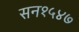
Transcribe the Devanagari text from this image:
सन१५४७